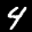
Label: 4